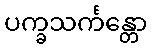
ပက္ခသင်္ကန္တော